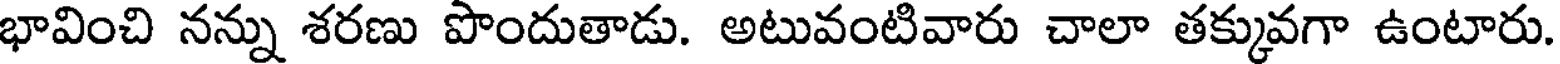
భావించి నన్ను శరణు పొందుతాడు. అటువంటివారు చాలా తక్కువగా ఉంటారు.